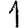
Digit: 1